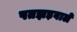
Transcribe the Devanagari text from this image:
पतझड़वाले